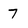
Character: 7